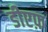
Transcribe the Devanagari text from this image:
डीएफ़